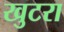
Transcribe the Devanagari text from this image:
खुटरा